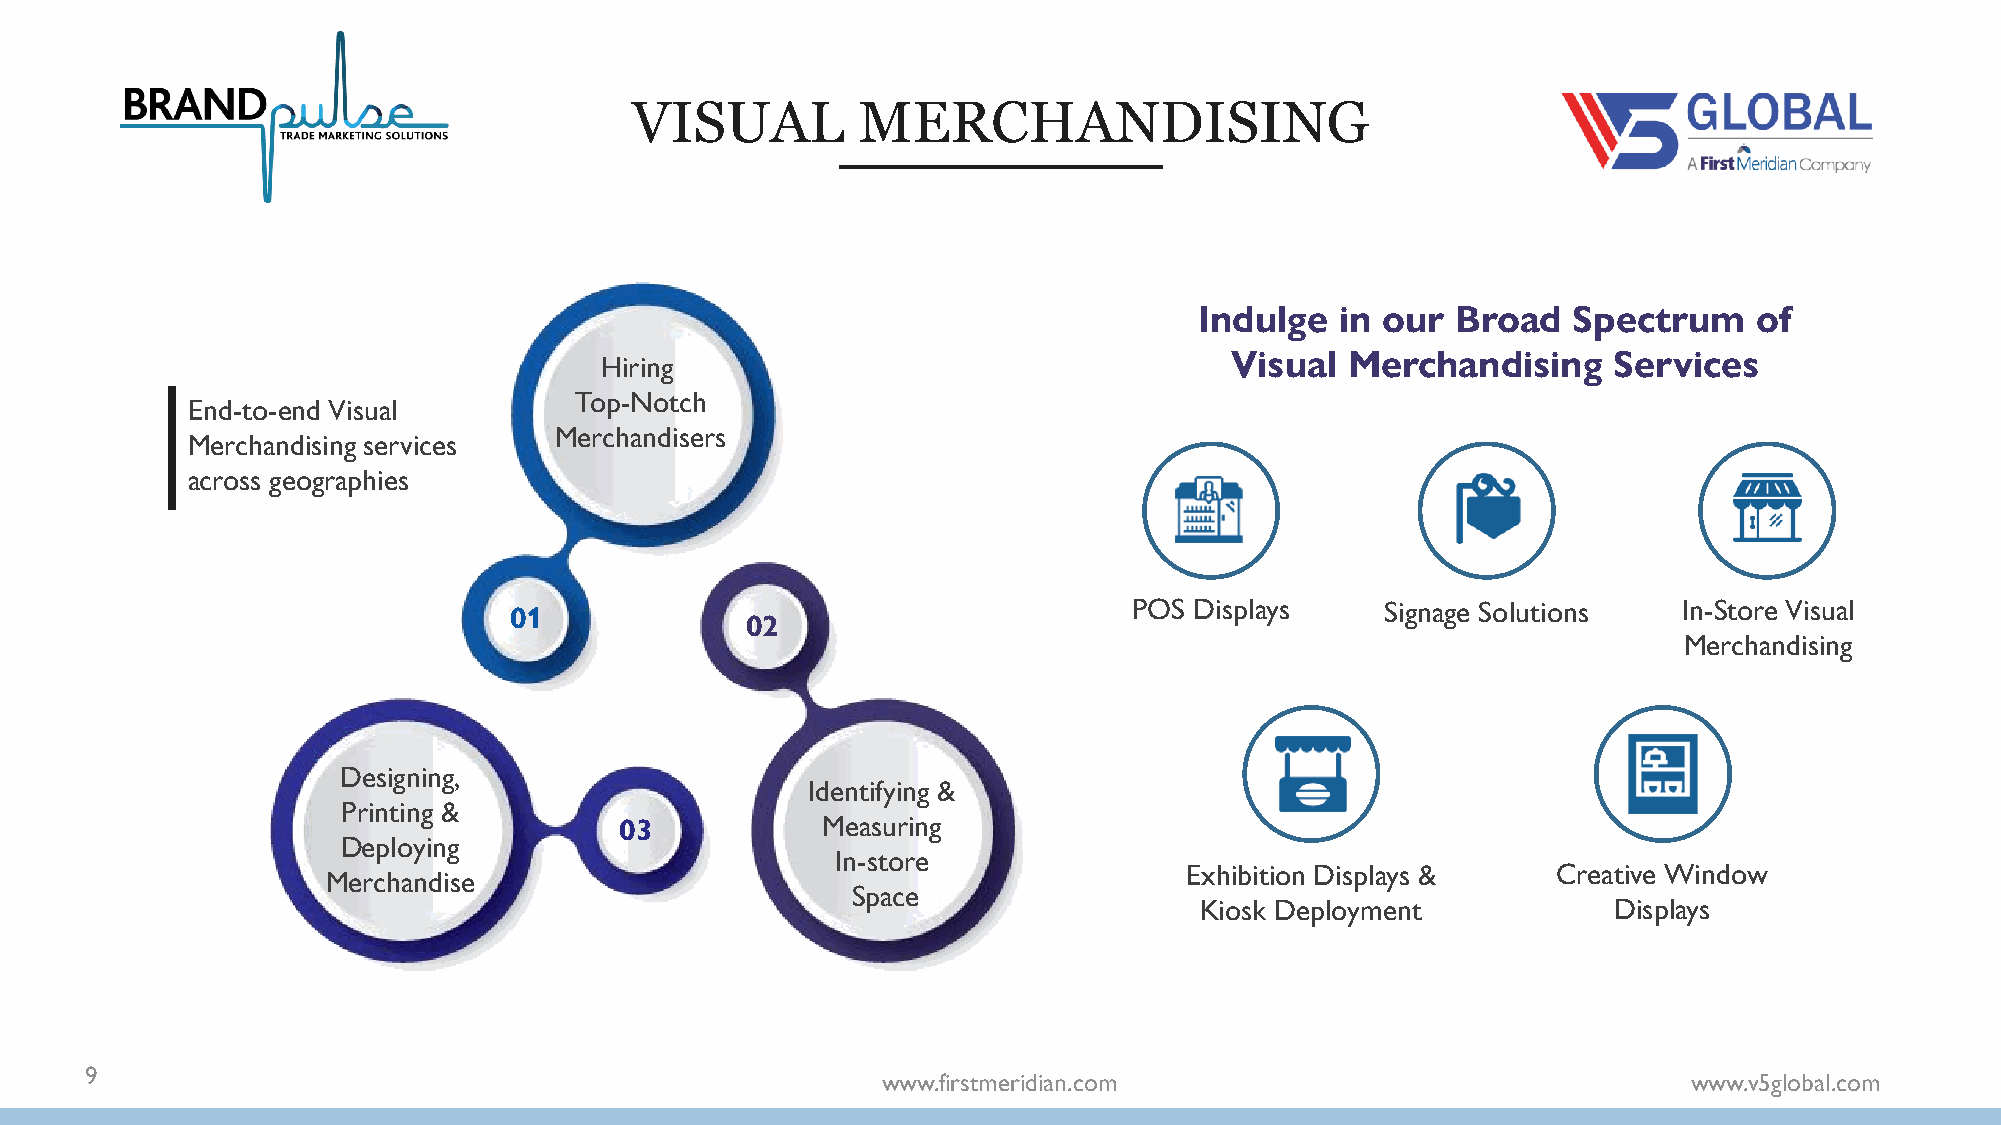
VISUAL         MERCHANDISING
 Indulge   in our Broad   Spectrum    of
 Hiring                                   Visual  Merchandising     Services
 Top-Notch
 End-to-end Visual
 Merchandisers
 Merchandising services
 across geographies
 01                                       POS Displays     Signage Solutions  In-Store Visual
 02
 Merchandising
 Designing,
 Identifying &
 Printing &
 03           Measuring
 Deploying
 In-store
 Exhibition Displays &    Creative Window
 Merchandise
 Space
 Kiosk Deployment            Displays
 9
 www.firstmeridian.com                                 www.v5global.com